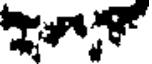
T